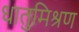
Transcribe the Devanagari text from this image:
धातुमिश्रण